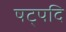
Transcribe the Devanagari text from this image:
षट्पदि